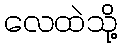
လေထဲသို့